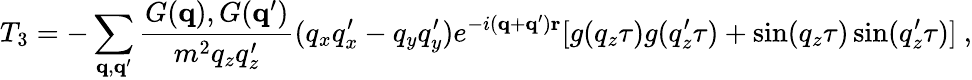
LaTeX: T_{3}=-\sum_{\mathbf{q},\mathbf{q}^{\prime}}\frac{G({\mathbf{q}}),G({\mathbf{q}}^{\prime})}{m^{2}q_{z}q_{z}^{\prime}}(q_{x}q_{x}^{\prime}-q_{y}q_{y}^{\prime})e^{-i({\mathbf{q}}+{\mathbf{q}}^{\prime}){\mathbf{r}}}[g(q_{z}\tau)g(q_{z}^{\prime}\tau)+\sin(q_{z}\tau)\sin(q_{z}^{\prime}\tau)]\mathrm{~,}